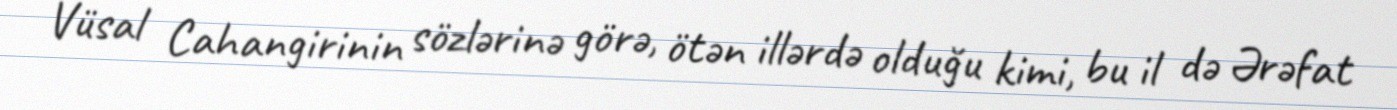
Vüsal Cahangirinin sözlərinə görə, ötən illərdə olduğu kimi, bu il də Ərəfat